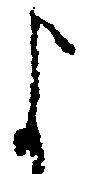
よ